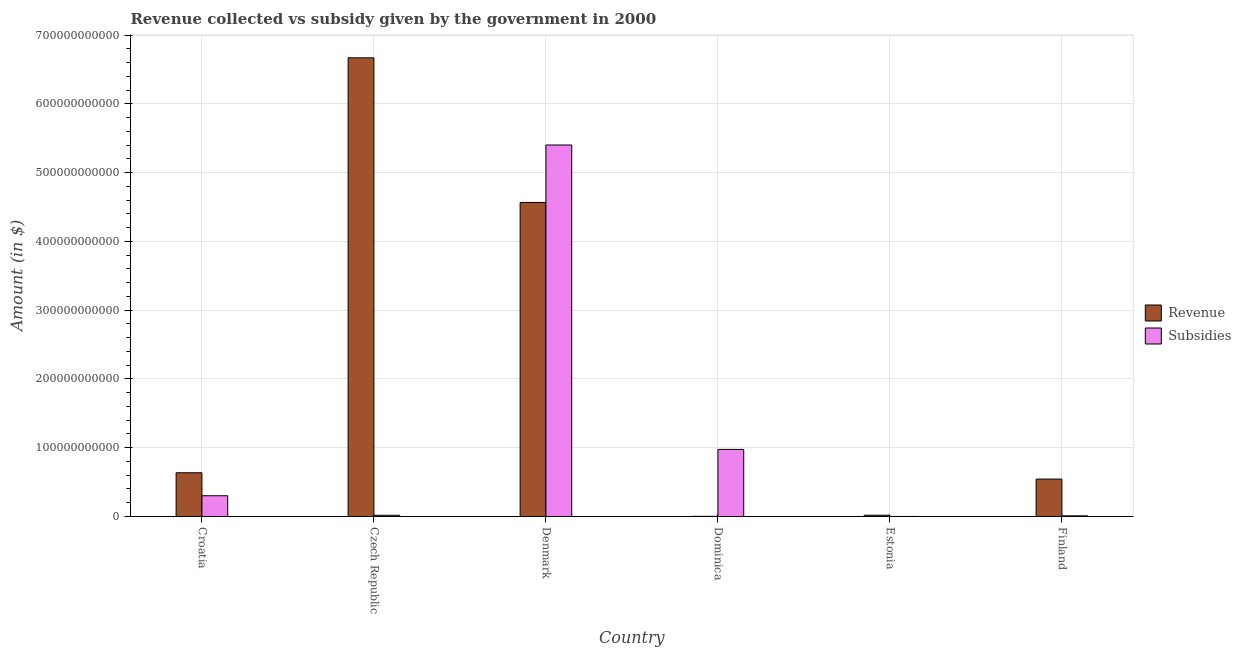
| Country | Revenue | Subsidies |
 | --- | --- | --- |
 | Croatia | 6.36e+10 | 3.02e+10 |
 | Czech Republic | 6.67e+11 | 1.74e+09 |
 | Denmark | 4.57e+11 | 5.4e+11 |
 | Dominica | 2.14e+08 | 9.75e+10 |
 | Estonia | 1.81e+09 | 3.78e+07 |
 | Finland | 5.44e+10 | 9.37e+08 |